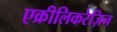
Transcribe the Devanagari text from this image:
एक्रीलिकरेज़िन